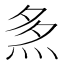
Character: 𤈕